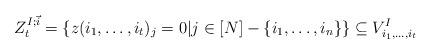
LaTeX: \begin{align*}Z_{t}^{I; \vec{i}} = \left\{ z(i_1, \ldots, i_t)_j =0 | j \in [N] - \{i_1, \ldots, i_n \} \right\} \subseteq V^I_{i_1, \ldots, i_t} \end{align*}